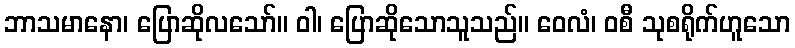
ဘာသမာနော၊ ပြောဆိုလသော်။ ဝါ၊ ပြောဆိုသောသူသည်။ ဝေလံ၊ ဝစီ သုစရိုက်ဟူသော